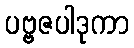
ပဗ္ဗဇပါဒုကာ